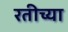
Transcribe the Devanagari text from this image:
रतीच्या